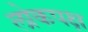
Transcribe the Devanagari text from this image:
लोकपक्ष